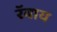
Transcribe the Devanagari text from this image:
रॅबाय